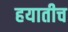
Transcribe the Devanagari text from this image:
हयातीच